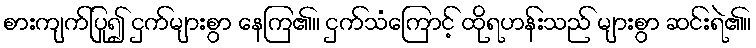
စားကျက်ပြု၍ ငှက်များစွာ နေကြ၏။ ငှက်သံကြောင့် ထိုရဟန်းသည် များစွာ ဆင်းရဲ၏။